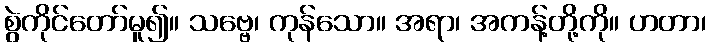
စွဲကိုင်တော်မူ၍။ သဗ္ဗေ၊ ကုန်သော။ အရာ၊ အကန့်တို့ကို။ ဟတာ၊